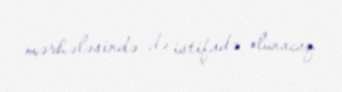
mərhələsində də istifadə olunacaq.